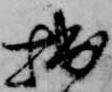
拙